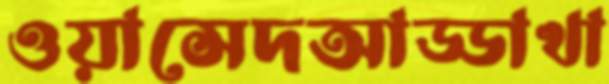
ওয়াসেদআড্ডাখা